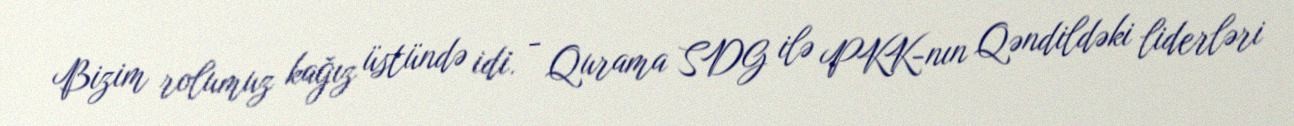
Bizim rolumuz kağız üstündə idi. - Qurama SDG ilə PKK-nın Qəndildəki liderləri